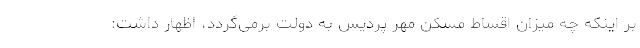
بر اینکه چه میزان اقساط مسکن مهر پردیس به دولت برمی‌گردد، اظهار داشت: